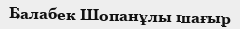
Балабек Шопанұлы шағыр